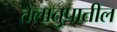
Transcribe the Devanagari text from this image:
तेलातुपातील